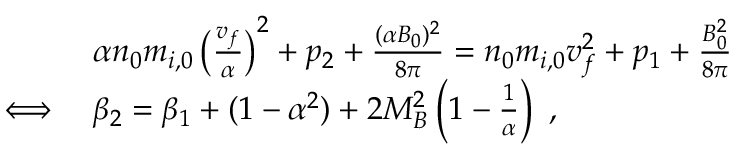
\begin{array} { r l } & { \alpha n _ { 0 } m _ { i , 0 } \left( \frac { v _ { f } } { \alpha } \right) ^ { 2 } + p _ { 2 } + \frac { ( \alpha B _ { 0 } ) ^ { 2 } } { 8 \pi } = n _ { 0 } m _ { i , 0 } v _ { f } ^ { 2 } + p _ { 1 } + \frac { B _ { 0 } ^ { 2 } } { 8 \pi } } \\ { \iff } & { \beta _ { 2 } = \beta _ { 1 } + ( 1 - \alpha ^ { 2 } ) + 2 M _ { B } ^ { 2 } \left( 1 - \frac { 1 } { \alpha } \right) \ , } \end{array}